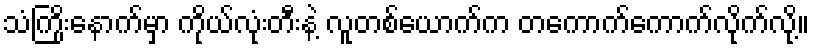
သံကြိုးနောက်မှာ ကိုယ်လုံးတီးနဲ့ လူတစ်ယောက်က တကောက်ကောက်လိုက်လို့။